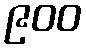
၉၀၀